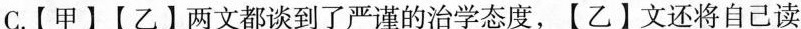
C.【甲】【乙】两文都谈到了严谨的治学态度，【乙】文还将自己读